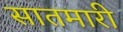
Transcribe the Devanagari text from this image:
सातमारी